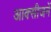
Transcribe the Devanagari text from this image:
आक्सीजनें